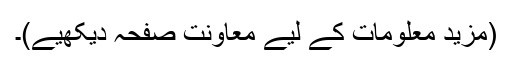
(مزید معلومات کے لیے معاونت صفحہ دیکھیے)۔